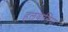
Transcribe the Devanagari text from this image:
हलवासिया